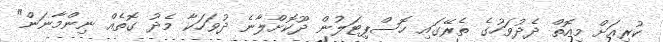
ކުރިއަށް މިއޮތް ދެދުވަހުގެ ތެރޭގައި ހޮސްޕިޓަލުން ދޫކޮށްލާނެ ދުވަހަކާ މެދު ގޮތެއް ނިންމާނަން"